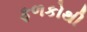
ફળકોથી